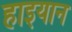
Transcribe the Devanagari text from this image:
हाइयान